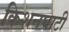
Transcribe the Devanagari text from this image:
किशनघाटी